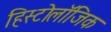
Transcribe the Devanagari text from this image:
हिस्टोलॉजिक